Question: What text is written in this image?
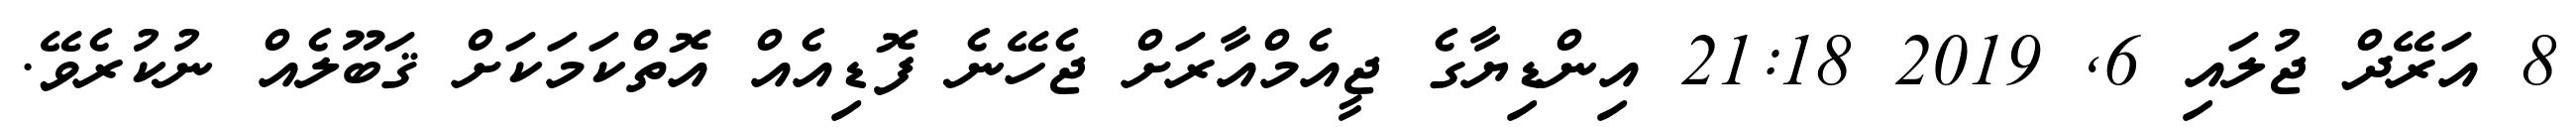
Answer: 8 އަރޭދް ޖުލައި 6, 2019 21:18 އިންޑިޔާގެ ޖީއެމްއާރަށް ޖެހޭނެ ފޮޑިއެއް އޮތްކަމަކަށް ޤަބޫލެއް ނުކުރެވޭ.